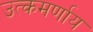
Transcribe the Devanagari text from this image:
उत्कमर्णाय